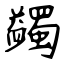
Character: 蠲